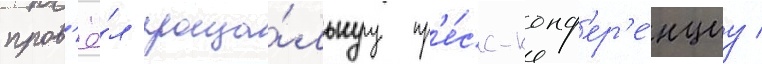
пров'ё́л проща́льнуу пр'е́сс-конф'ер'е́нциу /